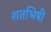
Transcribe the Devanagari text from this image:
शतभिषी